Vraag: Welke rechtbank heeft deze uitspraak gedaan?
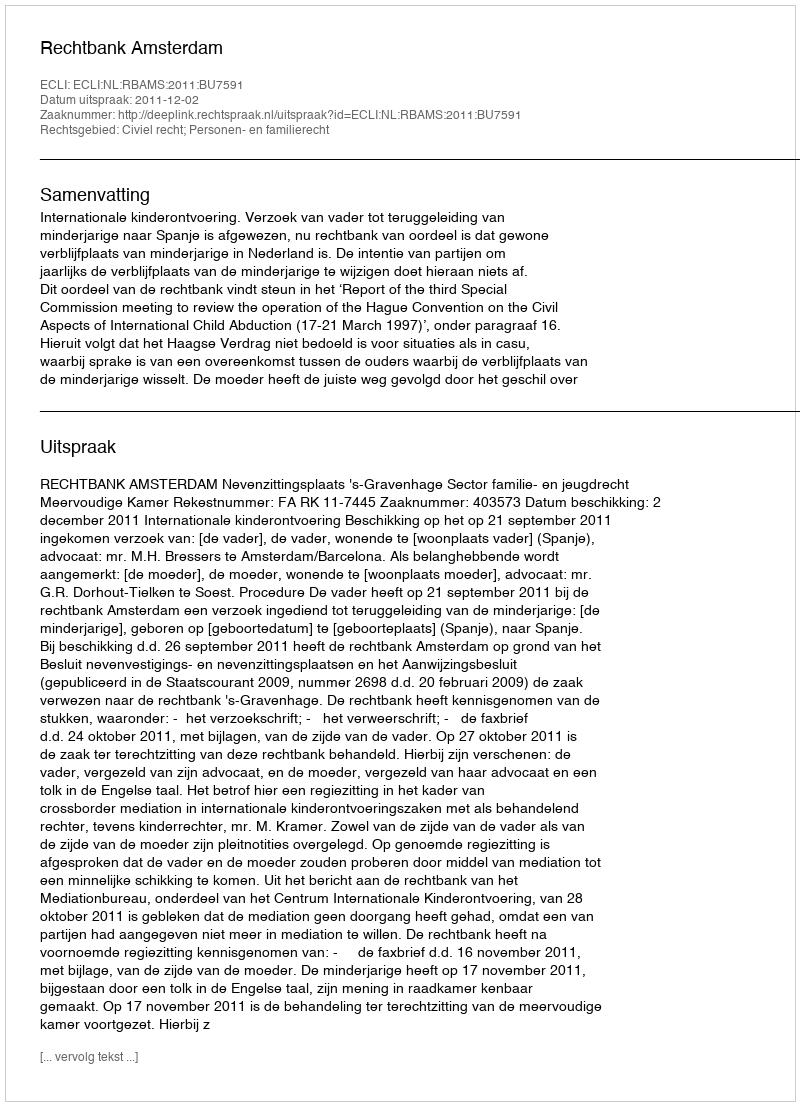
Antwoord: Rechtbank Amsterdam